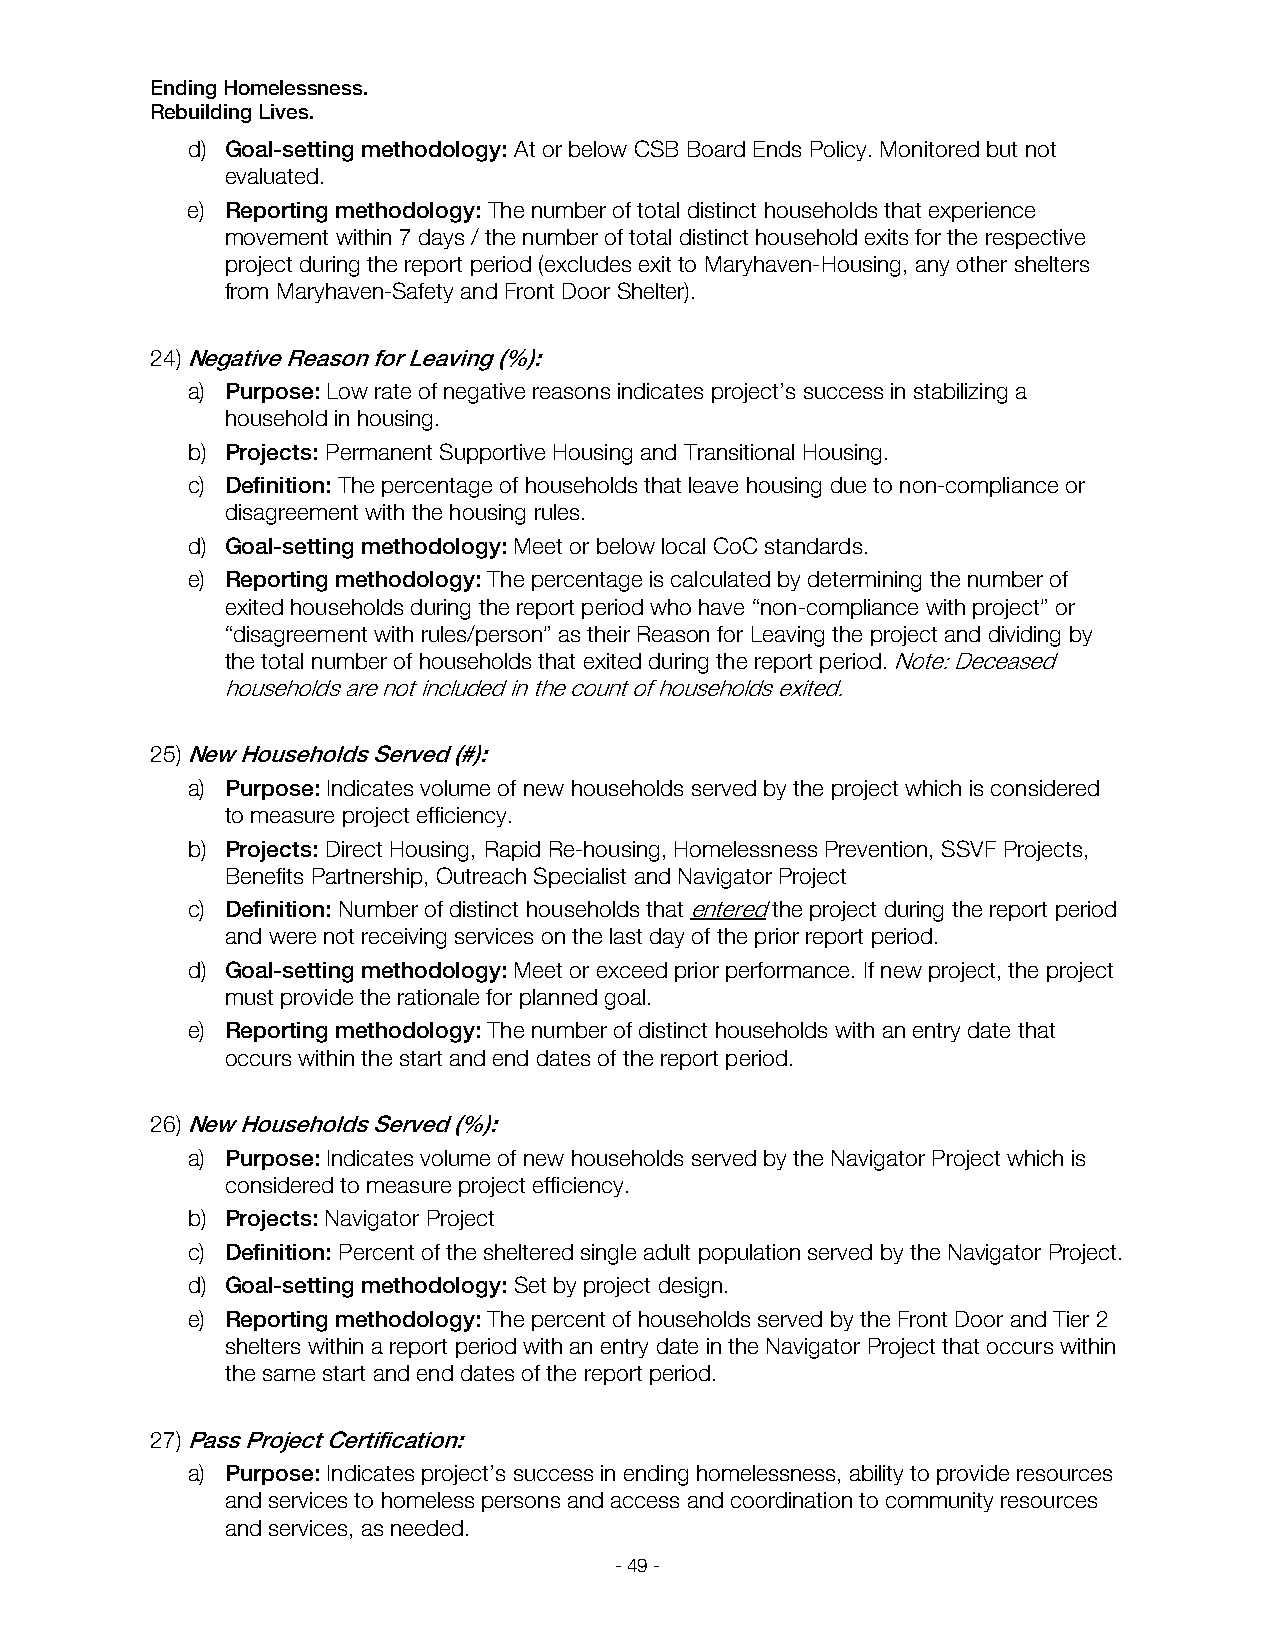
Ending Homelessness.
 Rebuilding Lives.
 d) Goal-setting methodology: At or below CSB Board Ends Policy. Monitored but not
 evaluated.
 e) Reporting methodology: The number of total distinct households that experience
 movement within 7 days / the number of total distinct household exits for the respective
 project during the report period (excludes exit to Maryhaven-Housing, any other shelters
 from Maryhaven-Safety and Front Door Shelter).
 24) Negative Reason for Leaving (%):
 a) Purpose: Low rate of negative reasons indicates project’s success in stabilizing a
 household in housing.
 b) Projects: Permanent Supportive Housing and Transitional Housing.
 c) Definition: The percentage of households that leave housing due to non-compliance or
 disagreement with the housing rules.
 d) Goal-setting methodology: Meet or below local CoC standards.
 e) Reporting methodology: The percentage is calculated by determining the number of
 exited households during the report period who have “non-compliance with project” or
 “disagreement with rules/person” as their Reason for Leaving the project and dividing by
 the total number of households that exited during the report period. Note: Deceased
 households are not included in the count of households exited.
 25) New Households Served (#):
 a) Purpose: Indicates volume of new households served by the project which is considered
 to measure project efficiency.
 b) Projects: Direct Housing, Rapid Re-housing, Homelessness Prevention, SSVF Projects,
 Benefits Partnership, Outreach Specialist and Navigator Project
 c) Definition: Number of distinct households that entered the project during the report period
 and were not receiving services on the last day of the prior report period.
 d) Goal-setting methodology: Meet or exceed prior performance. If new project, the project
 must provide the rationale for planned goal.
 e) Reporting methodology: The number of distinct households with an entry date that
 occurs within the start and end dates of the report period.
 26) New Households Served (%):
 a) Purpose: Indicates volume of new households served by the Navigator Project which is
 considered to measure project efficiency.
 b) Projects: Navigator Project
 c) Definition: Percent of the sheltered single adult population served by the Navigator Project.
 d) Goal-setting methodology: Set by project design.
 e) Reporting methodology: The percent of households served by the Front Door and Tier 2
 shelters within a report period with an entry date in the Navigator Project that occurs within
 the same start and end dates of the report period.
 27) Pass Project Certification:
 a) Purpose: Indicates project’s success in ending homelessness, ability to provide resources
 and services to homeless persons and access and coordination to community resources
 and services, as needed.
 - 49 -